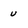
Character: u